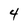
Character: 4